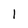
Character: l